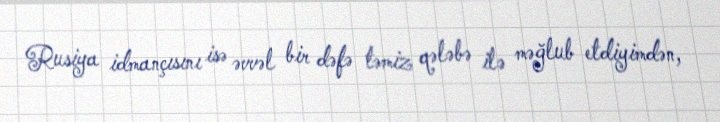
Rusiya idmançısını isə əvvəl bir dəfə təmiz qələbə ilə məğlub etdiyimdən,